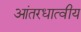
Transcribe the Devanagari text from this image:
आंतरधात्वीय